Treatise on elephants
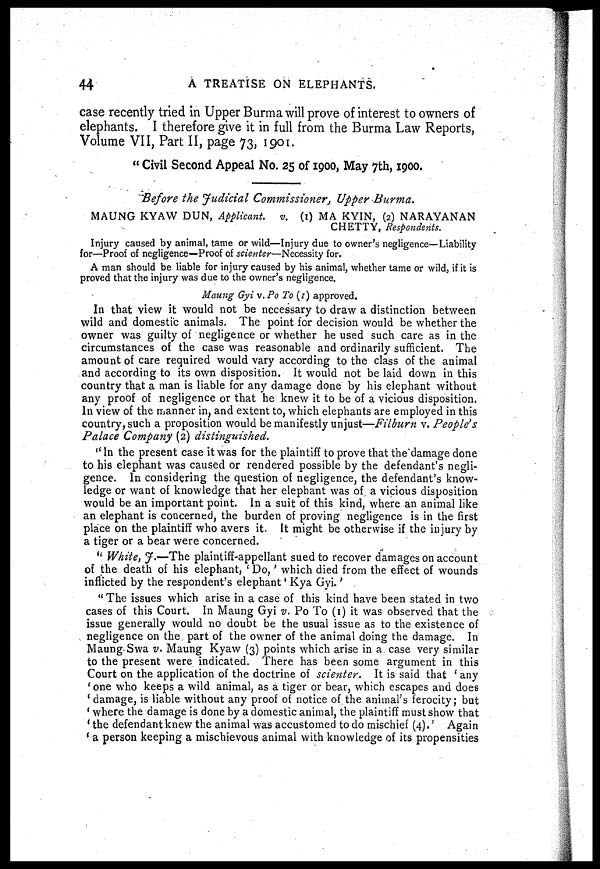
44
A TREATISE ON ELEPHANTS.
case recently tried in Upper Burma will prove of interest to owners of
elephants. I therefore give it in full from the Burma Law Reports,
Volume VII, Part II, page 73, 1901.
" Civil Second Appeal No. 25 of 1900, May 7th, 1900.
Before the Judicial Commissioner, Upper Burma.
MAUNG KYAW DUN, Applicant. v. (1) MA KYIN, (2) NARAYANAN
CHETTY, Respondents.
Injury caused by animal, tame or wild—Injury due to owner's negligence—Liability
for—Proof of negligence—Proof of scienter—Necessity for.
A man should be liable for injury caused by his animal, whether tame or wild, if it is
proved that the injury was due to the owner's negligence.
Maung Gyi v. Po To (1) approved.
In that view it would not be necessary to draw a distinction between
wild and domestic animals. The point for decision would be whether the
owner was guilty of negligence or whether he used such care as in the
circumstances of the case was reasonable and ordinarily sufficient. The
amount of care required would vary according to the class of the animal
and according to its own disposition. It would not be laid down in this
country that a man is liable for any damage done by his elephant without
any proof of negligence or that he knew it to be of a vicious disposition.
In view of the manner in and extent to, which elephants are employed in this
country, such a proposition would be manifestly unjust—Filburn v. People's
Palace Company (2) distinguished.
"In the present case it was for the plaintiff to prove that the damage done
to his elephant was caused or rendered possible by the defendant's negli-
gence. In considering the question of negligence, the defendant's know-
ledge or want of knowledge that her elephant was of a vicious disposition
would be an important point. In a suit of this kind, where an animal like
an elephant is concerned, the burden of proving negligence is in the first
place on the plaintiff who avers it. It might be otherwise if the injury by
a tiger or a bear were concerned.
" White, J.—The plaintiff-appellant sued to recover damages on account
of the death of his elephant, ' Do,' which died from the effect of wounds
inflicted by the respondent's elephant ' Kya Gyi.'
" The issues which arise in a case of this kind have been stated in two
cases of this Court. In Maung Gyi v. Po To (1) it was observed that the
issue generally would no doubt be the usual issue as to the existence of
negligence on the part of the owner of the animal doing the damage. In
Maung Swa v. Maung Kyaw (3) points which arise in a case very similar
to the present were indicated. There has been some argument in this
Court on the application of the doctrine of scienter.
It is said that ' any
' one who keeps a wild animal, as a tiger or bear, which escapes and does
' damage, is liable without any proof of notice of the animal's ferocity; but
' where the damage is done by a domestic animal, the plaintiff must show that
' the defendant knew the animal was accustomed to do mischief (4).' Again
' a person keeping a mischievous animal with knowledge of its propensities